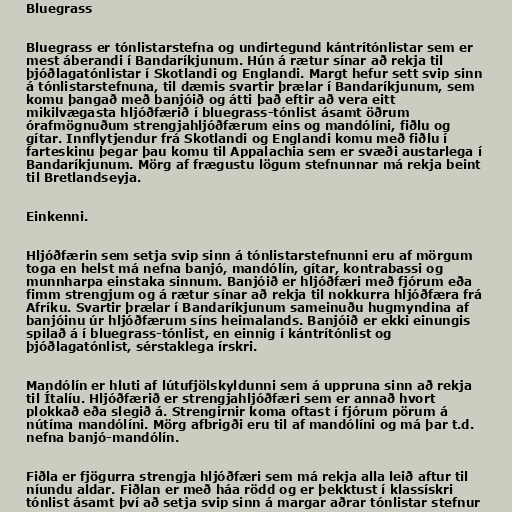
Bluegrass

Bluegrass er tónlistarstefna og undirtegund kántrítónlistar sem er
mest áberandi í Bandaríkjunum. Hún á rætur sínar að rekja til
þjóðlagatónlistar í Skotlandi og Englandi. Margt hefur sett svip sinn
á tónlistarstefnuna, til dæmis svartir þrælar í Bandaríkjunum, sem
komu þangað með banjóið og átti það eftir að vera eitt
mikilvægasta hljóðfærið í bluegrass-tónlist ásamt öðrum
órafmögnuðum strengjahljóðfærum eins og mandólíni, fiðlu og
gítar. Innflytjendur frá Skotlandi og Englandi komu með fiðlu í
farteskinu þegar þau komu til Appalachia sem er svæði austarlega í
Bandaríkjunum. Mörg af frægustu lögum stefnunnar má rekja beint
til Bretlandseyja.

Einkenni.

Hljóðfærin sem setja svip sinn á tónlistarstefnunni eru af mörgum
toga en helst má nefna banjó, mandólín, gítar, kontrabassi og
munnharpa einstaka sinnum. Banjóið er hljóðfæri með fjórum eða
fimm strengjum og á rætur sínar að rekja til nokkurra hljóðfæra frá
Afríku. Svartir þrælar í Bandaríkjunum sameinuðu hugmyndina af
banjóinu úr hljóðfærum síns heimalands. Banjóið er ekki einungis
spilað á í bluegrass-tónlist, en einnig í kántrítónlist og
þjóðlagatónlist, sérstaklega írskri.

Mandólín er hluti af lútufjölskyldunni sem á uppruna sinn að rekja
til Ítalíu. Hljóðfærið er strengjahljóðfæri sem er annað hvort
plokkað eða slegið á. Strengirnir koma oftast í fjórum pörum á
nútíma mandólíni. Mörg afbrigði eru til af mandólíni og má þar t.d.
nefna banjó-mandólín.

Fiðla er fjögurra strengja hljóðfæri sem má rekja alla leið aftur til
níundu aldar. Fiðlan er með háa rödd og er þekktust í klassískri
tónlist ásamt því að setja svip sinn á margar aðrar tónlistar stefnur